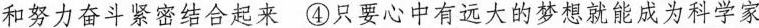
和努力奋斗紧密结合起来④只要心中有远大的梦想就能成为科学家